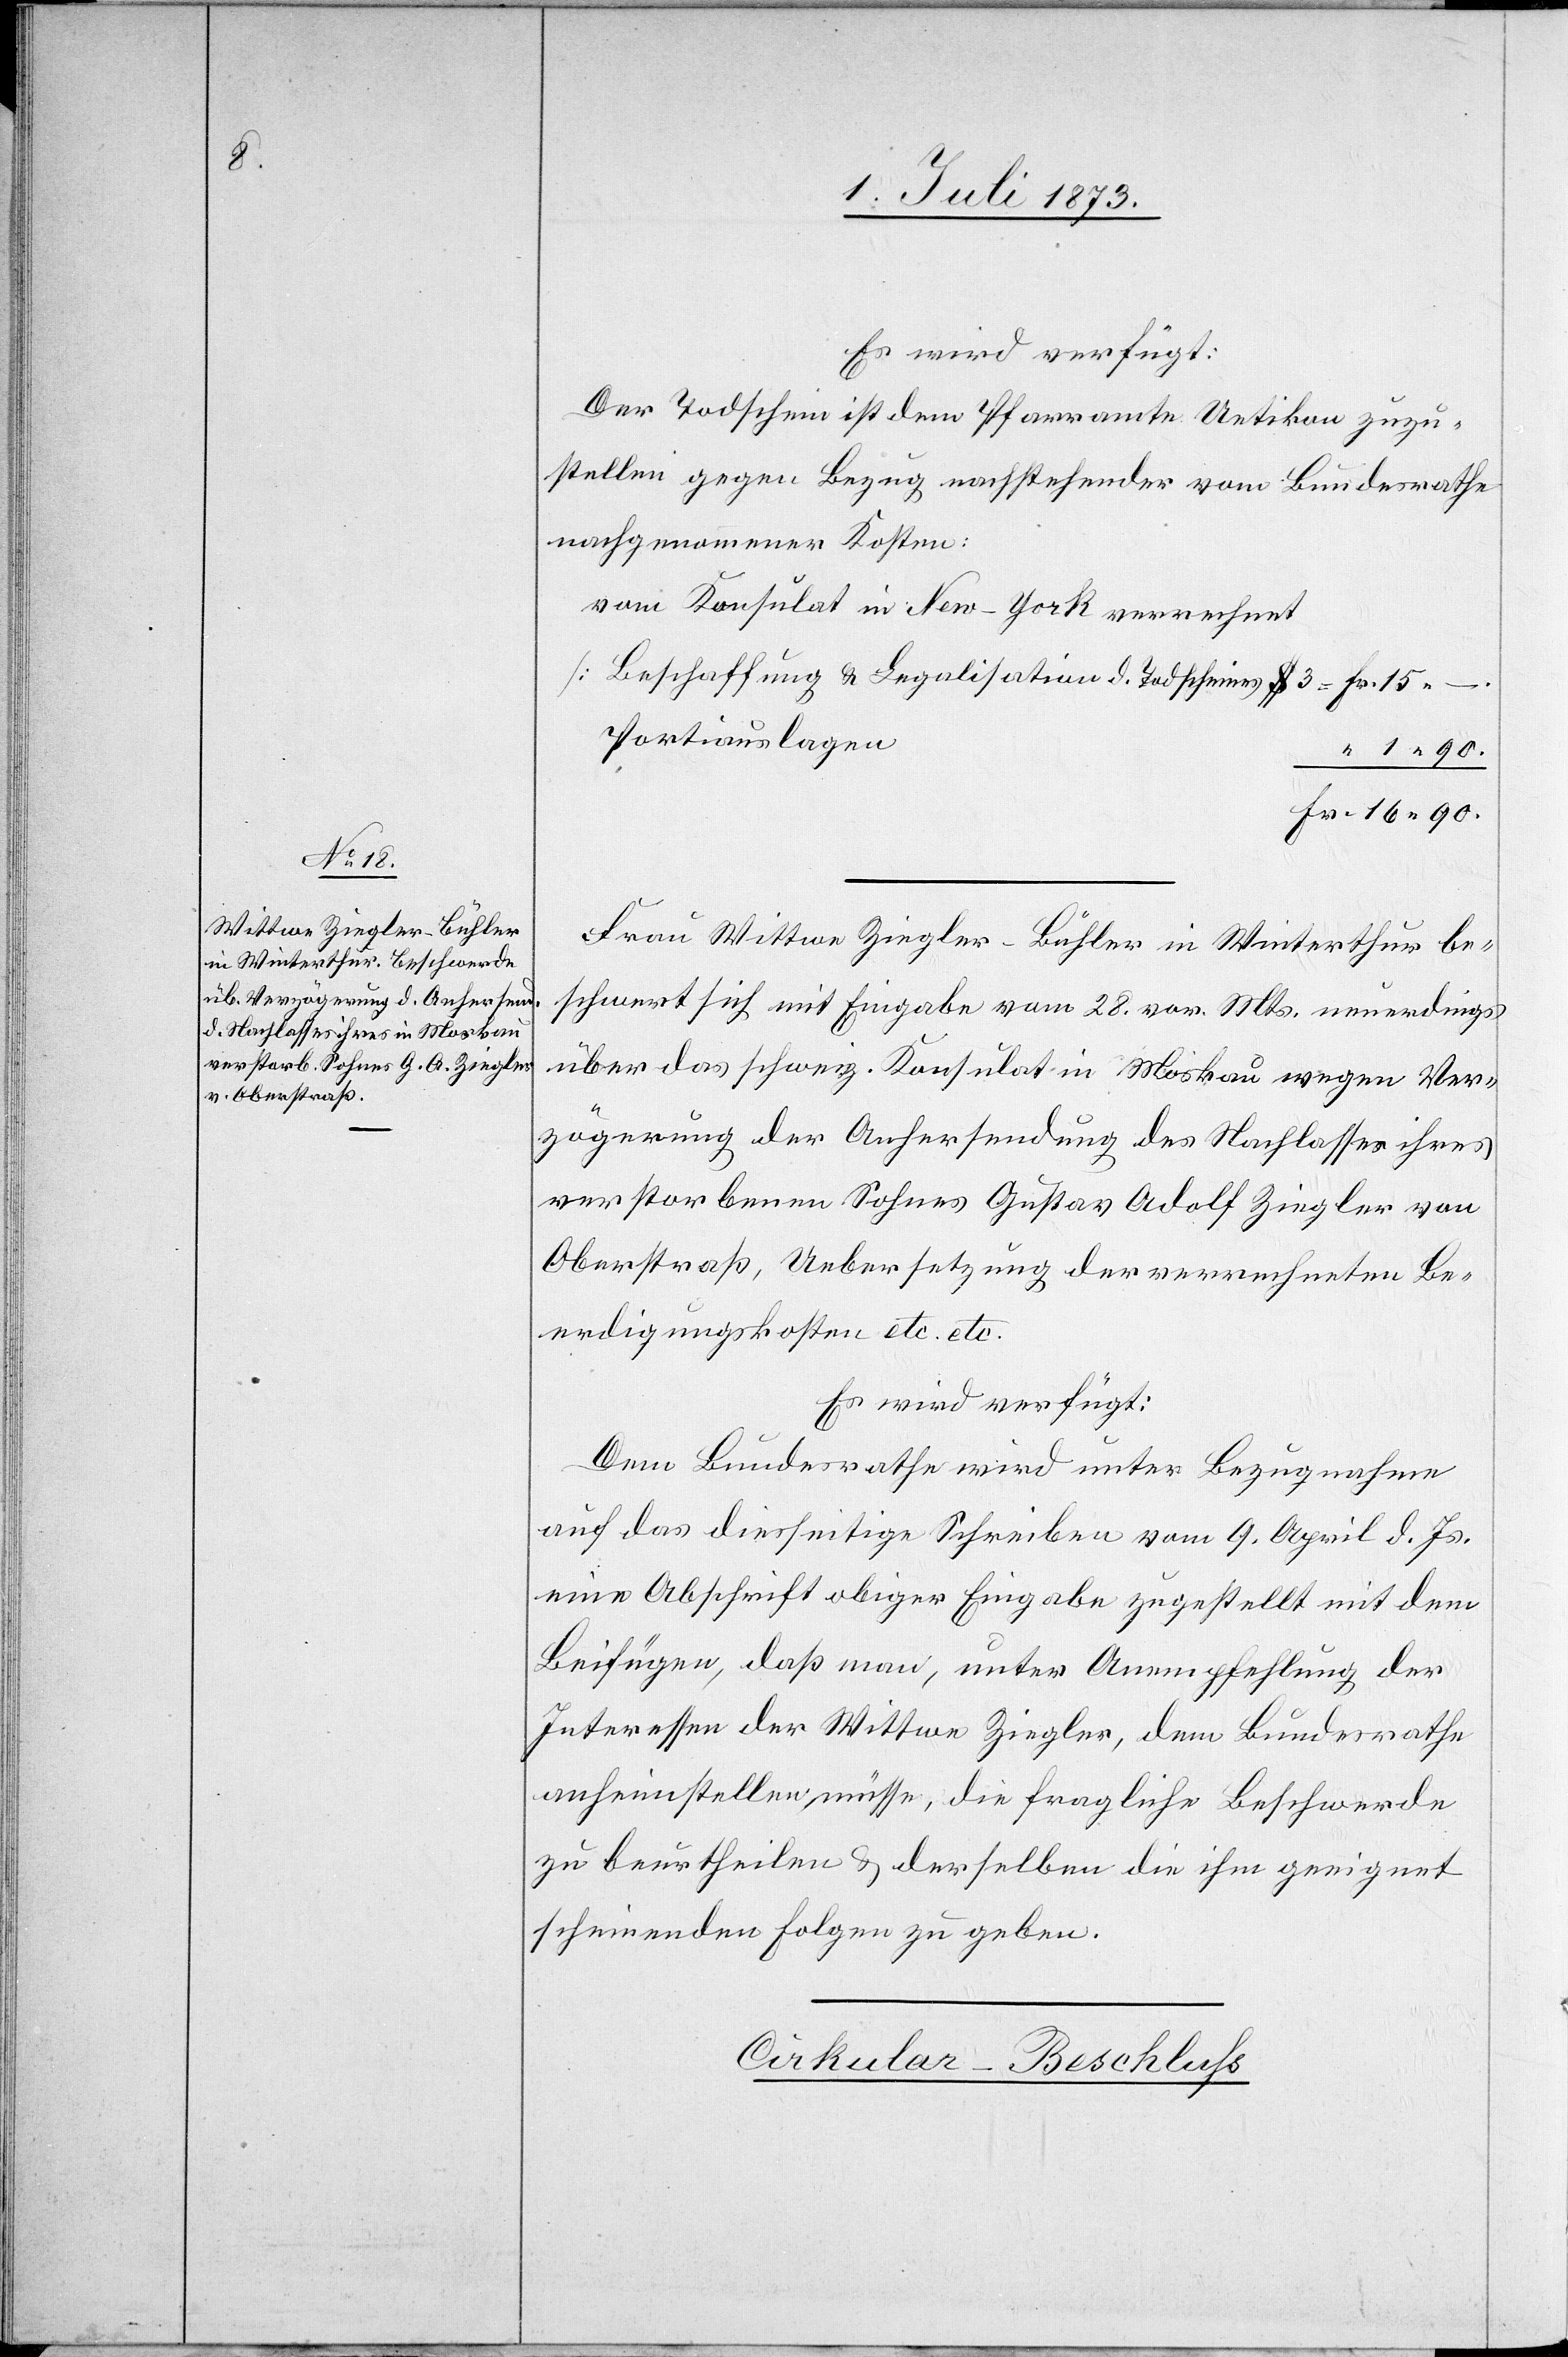
90.

3. Juli 1873.]
Es wird verfügt:
Der Todschein ist dem Pfarramte Uetikon zuzu¬
stellen gegen Bezug nachstehender vom Bundesrathe
nachgenommener Kosten:
vom Konsulat in New-York verrechnet
[Beschaffung & Legalisation d. Todscheines $ 3 =]
Fr.
Portiauslagen
1 90.
Frau Wittwe Ziegler-Bühler in Winterthur be¬
schwert sich mit Eingabe vom 28. vor. Mts. neuerdings
über das schweiz. Konsulat in Moskau wegen Ver¬
zögerung der Anhersendung des Nachlasses ihres
verstorbenen Sohnes Gustav Adolf Ziegler von
Oberstraß, Uebersetzung der verrechneten Be¬
erdigungskosten etc. etc.
Es wird verfügt:
Dem Bundesrathe wird unter Bezugnahme
auf das diesseitige Schreiben vom 9. April d. Js.
eine Abschrift obiger Eingabe zugestellt mit dem
Beifügen, daß man, unter Anempfehlung der
Interessen der Wittwe Ziegler, dem Bundesrathe
anheimstellen müsse, die fragliche Beschwerde
zu beurtheilen & derselben die ihm geeignet
scheinenden Folgen zu geben.
Cirkular-Beschluss